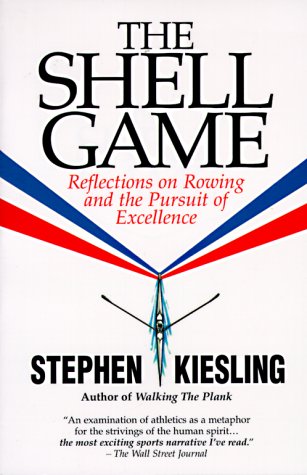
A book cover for The Shell Game: Reflections on Rowing and the Pursuit of Excellence; Stephen Kiesling; Sports & Outdoors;